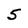
Character: 5